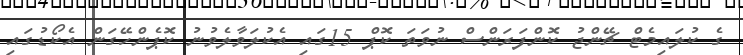
ގެ ކުލައިމެޓް ޗޭންޖު ކޮންފަރަންސް ނުވަތަ ކޮޕް 15ގައި އެކުލަވާލެވުނު ކޮޕެންހޭގަން އެކޯޑުގައި